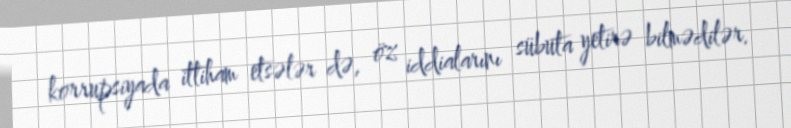
korrupsiyada ittiham etsələr də, öz iddialarını sübuta yetirə bilmədilər.